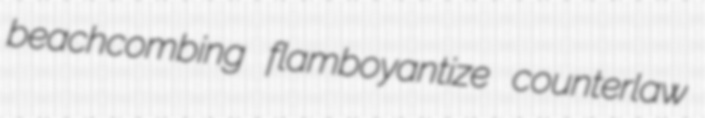
beachcombing flamboyantize counterlaw